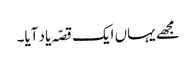
مجھے یہاں ایک قصّہ یاد آیا۔